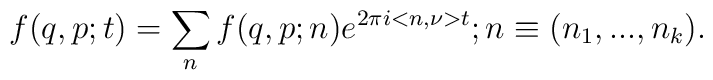
f(q,p;t)=\sum_{n}f(q,p;n)e^{2{\pi}i<n,\nu>t} ; n\equiv(n_1,...,n_k) .